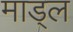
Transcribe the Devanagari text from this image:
माड्ल